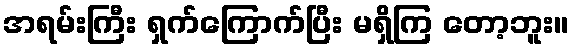
အရမ်းကြီး ရှက်ကြောက်ပြီး မရှိကြ တော့ဘူး။